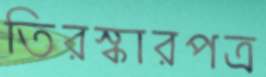
তিরস্কারপত্র